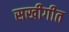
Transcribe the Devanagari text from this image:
सखीगीत